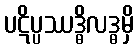
ပဋိပ္ပဿဒ္ဓိလဒ္ဓမှိ